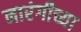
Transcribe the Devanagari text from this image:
नारंगीच्या